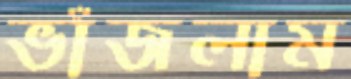
ভাঁজলাম